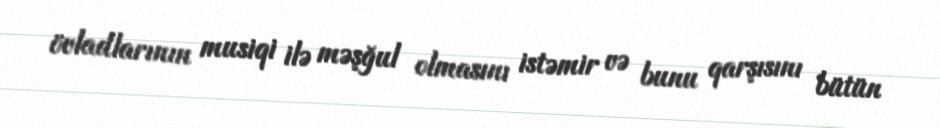
övladlarının musiqi ilə məşğul olmasını istəmir və bunu qarşısını bütün